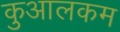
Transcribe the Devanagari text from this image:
कुआलकम